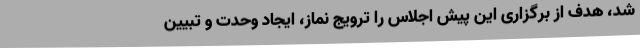
شد، هدف از برگزاری این پیش اجلاس را ترویج نماز، ایجاد وحدت و تبیین